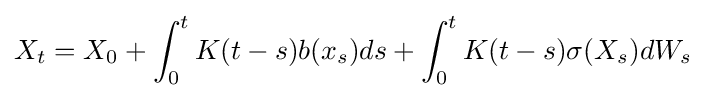
X_{t}=X_{0}+\int _{0}^{t}K(t-s)b(x_{s})ds+\int _{0}^{t}K(t-s)\sigma (X_{s})dW_{s}